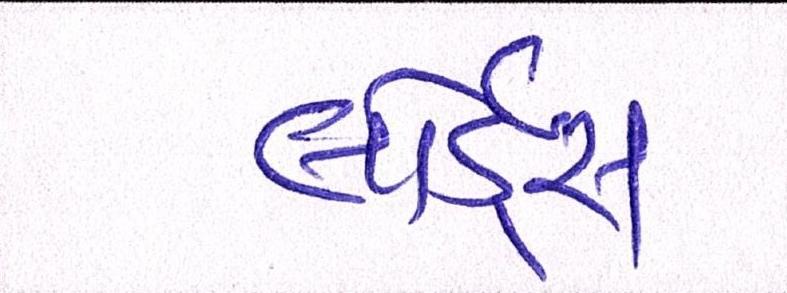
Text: લોર્ડ્સ